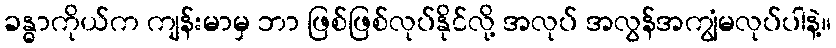
ခန္ဓာကိုယ်က ကျန်းမာမှ ဘာ ဖြစ်ဖြစ်လုပ်နိုင်လို့ အလုပ် အလွန်အကျွံမလုပ်ပါနဲ့။